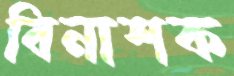
বিনাশক